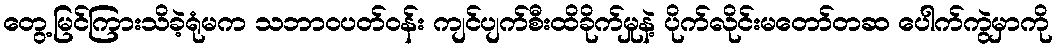
တွေ့မြင်ကြားသိခဲ့ရုံမက သဘာဝပတ်ဝန်း ကျင်ပျက်စီးထိခိုက်မှုနဲ့ ပိုက်လိုင်းမတော်တဆ ပေါက်ကွဲမှာကို